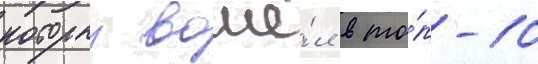
которыи вошё́л в то́п-10